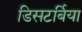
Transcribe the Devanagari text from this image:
डिसटर्बिया